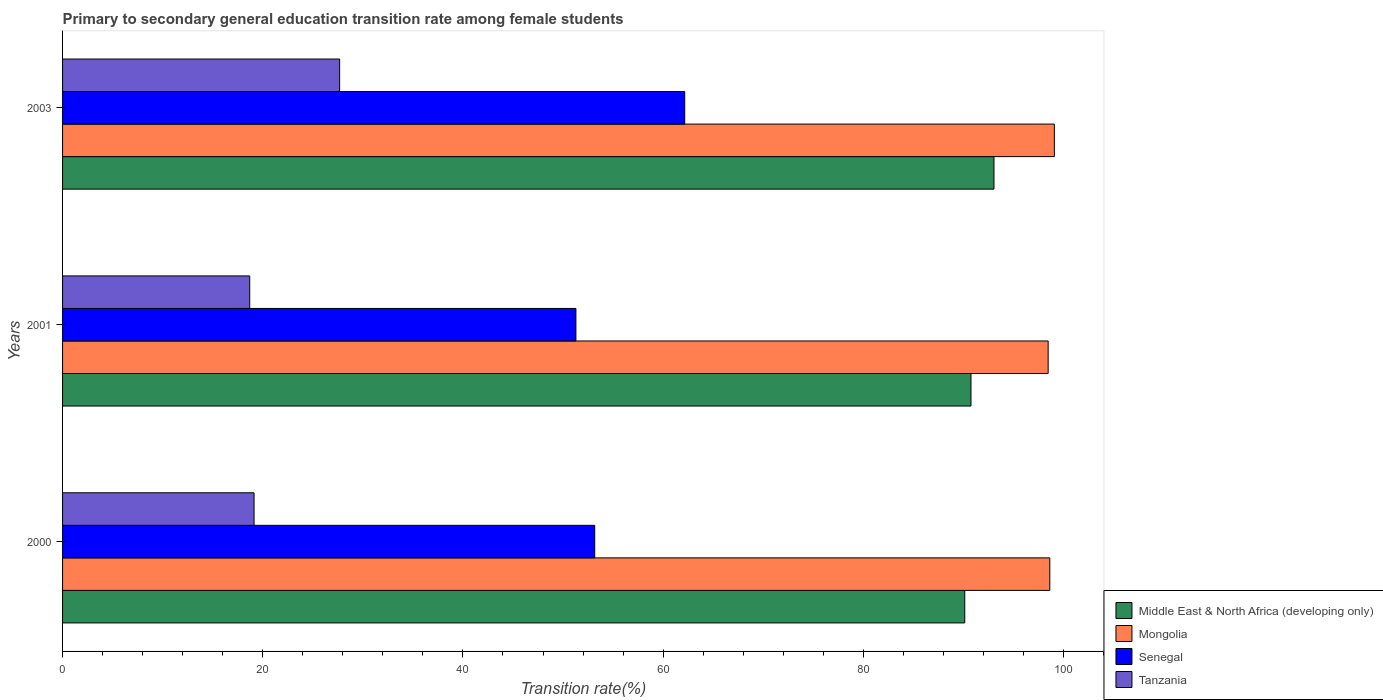
| Years | Middle East & North Africa (developing only) | Mongolia | Senegal | Tanzania |
 | --- | --- | --- | --- | --- |
 | 2000 | 90.1 | 98.6 | 53.2 | 19.1 |
 | 2001 | 90.8 | 98.5 | 51.3 | 18.7 |
 | 2003 | 93.1 | 99.1 | 62.2 | 27.7 |